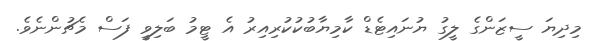
މިދިޔަ ސީޒަންގެ ލީގު ޔުނައިޓެޑް ކާމިޔާބުކުކުރިއިރު އެ ޓީމު ބަލިވީ ފަސް މެޗުންނެވެ.